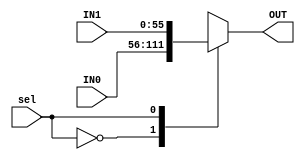
module Two_IN_MUX_UART #(parameter width =56) (
    input wire  [width-1:0]  IN0,
    input wire  [width-1:0]  IN1,
    input wire               sel,
    output reg  [width-1:0]  OUT
);

always @(*) 
 begin

    case (sel)
        1'b0: OUT = IN0;
        1'b1: OUT = IN1;
        default: OUT = 'd0; 
    endcase   
end
    
endmodule